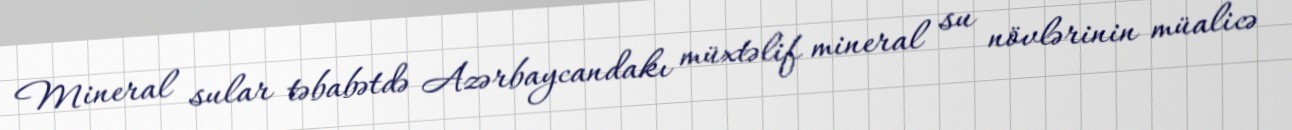
Mineral sular təbabətdə Azərbaycandakı müxtəlif mineral su növlərinin müalicə